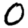
Digit: 0